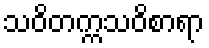
သဝိတက္ကသဝိစာရာ